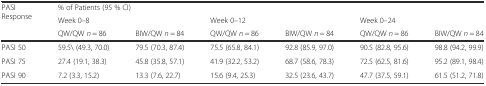
<table><thead><tr><td rowspan="3"><b>PASI Response</b></td><td colspan="6"><b>% of Patients (95 % CI)</b></td></tr><tr><td colspan="2"><b>Week 0–8</b></td><td colspan="2"><b>Week 0–12</b></td><td colspan="2"><b>Week 0–24</b></td></tr><tr><td><b>QW/QW <i>n</i> = 86</b></td><td><b>BIW/QW <i>n</i> = 84</b></td><td><b>QW/QW <i>n</i> = 86</b></td><td><b>BIW/QW <i>n</i> = 84</b></td><td><b>QW/QW <i>n</i> = 86</b></td><td><b>BIW/QW <i>n</i> = 84</b></td></tr></thead><tbody><tr><td>PASI 50</td><td>59.5\ (49.3, 70.0)</td><td>79.5 (70.3, 87.4)</td><td>75.5 (65.8, 84.1)</td><td>92.8 (85.9, 97.0)</td><td>90.5 (82.8, 95.6)</td><td>98.8 (94.2, 99.9)</td></tr><tr><td>PASI 75</td><td>27.4 (19.1, 38.3)</td><td>45.8 (35.8, 57.1)</td><td>41.9 (32.2, 53.2)</td><td>68.7 (58.6, 78.3)</td><td>72.5 (62.5, 81.6)</td><td>95.2 (89.1, 98.4)</td></tr><tr><td>PASI 90</td><td>7.2 (3.3, 15.2)</td><td>13.3 (7.6, 22.7)</td><td>15.6 (9.4, 25.3)</td><td>32.5 (23.6, 43.7)</td><td>47.7 (37.5, 59.1)</td><td>61.5 (51.2, 71.8)</td></tr></tbody></table>